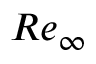
R e _ { \infty }